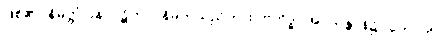
ဖြစ်၏။ နိမိတ္တံ ပန၊ ပဋိဘာဂနိမိတ်သည်ကား။ ဗဟိဒ္ဓါ၊ အပသန္တာန်၌။ ဟောတိ၊